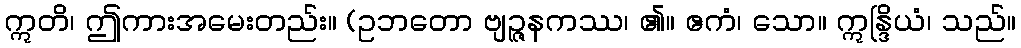
ဣတိ၊ ဤကားအမေးတည်း။ (ဥဘတော ဗျဉ္ဇနကဿ၊ ၏။ ဧကံ၊ သော။ ဣန္ဒြိယံ၊ သည်။